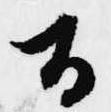
旨